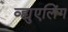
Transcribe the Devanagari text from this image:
व्ह्युएलिंग